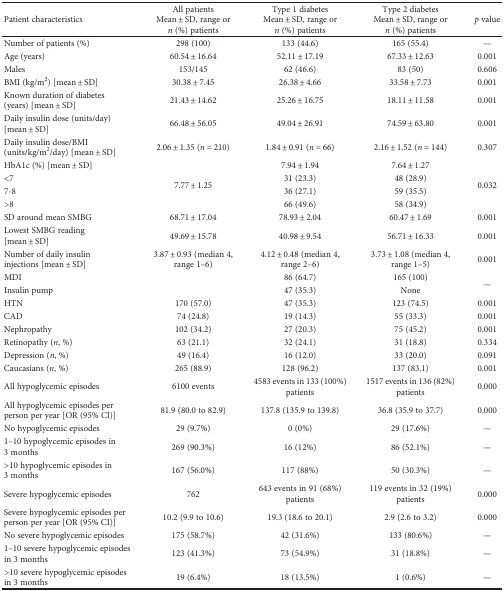
<table><thead><tr><td><b>Patient characteristics</b></td><td><b>All patientsMean ± SD, range or <i>n</i> (%) patients</b></td><td><b>Type 1 diabetesMean ± SD, range or <i>n</i> (%) patients</b></td><td><b>Type 2 diabetesMean ± SD, range or <i>n</i> (%) patients</b></td><td><b><i>p</i> value</b></td></tr></thead><tbody><tr><td>Number of patients (%)</td><td>298 (100)</td><td>133 (44.6)</td><td>165 (55.4)</td><td>—</td></tr><tr><td>Age (years)</td><td>60.54 ± 16.64</td><td>52.11 ± 17.19</td><td>67.33 ± 12.63</td><td>0.001</td></tr><tr><td>Males</td><td>153/145</td><td>62 (46.6)</td><td>83 (50)</td><td>0.606</td></tr><tr><td>BMI (kg/m<sup>2</sup>) [mean ± SD]</td><td>30.38 ± 7.45</td><td>26.38 ± 4.66</td><td>33.58 ± 7.73</td><td>0.001</td></tr><tr><td>Known duration of diabetes (years) [mean ± SD]</td><td>21.43 ± 14.62</td><td>25.26 ± 16.75</td><td>18.11 ± 11.58</td><td>0.001</td></tr><tr><td>Daily insulin dose (units/day) [mean ± SD]</td><td>66.48 ± 56.05</td><td>49.04 ± 26.91</td><td>74.59 ± 63.80</td><td>0.001</td></tr><tr><td>Daily insulin dose/BMI (units/kg/m<sup>2</sup>/day) [mean ± SD]</td><td>2.06 ± 1.35 (<i>n</i> = 210)</td><td>1.84 ± 0.91 (<i>n</i> = 66)</td><td>2.16 ± 1.52 (<i>n</i> = 144)</td><td>0.307</td></tr><tr><td>HbA1c (%) [mean ± SD]</td><td rowspan="4">7.77 ± 1.25</td><td>7.94 ± 1.94</td><td>7.64 ± 1.27</td><td rowspan="4">0.032</td></tr><tr><td>&lt;7</td><td>31 (23.3)</td><td>48 (28.9)</td></tr><tr><td>7-8</td><td>36 (27.1)</td><td>59 (35.5)</td></tr><tr><td>&gt;8</td><td>66 (49.6)</td><td>58 (34.9)</td></tr><tr><td>SD around mean SMBG</td><td>68.71 ± 17.04</td><td>78.93 ± 2.04</td><td>60.47 ± 1.69</td><td>0.001</td></tr><tr><td>Lowest SMBG reading [mean ± SD]</td><td>49.69 ± 15.78</td><td>40.98 ± 9.54</td><td>56.71 ± 16.33</td><td>0.001</td></tr><tr><td>Number of daily insulin injections [mean ± SD]</td><td>3.87 ± 0.93 (median 4, range 1–6)</td><td>4.12 ± 0.48 (median 4, range 2–6)</td><td>3.73 ± 1.08 (median 4, range 1–5)</td><td>0.001</td></tr><tr><td>MDI</td><td rowspan="2"></td><td>86 (64.7)</td><td>165 (100)</td><td rowspan="2">—</td></tr><tr><td>Insulin pump</td><td>47 (35.3)</td><td>None</td></tr><tr><td>HTN</td><td>170 (57.0)</td><td>47 (35.3)</td><td>123 (74.5)</td><td>0.001</td></tr><tr><td>CAD</td><td>74 (24.8)</td><td>19 (14.3)</td><td>55 (33.3)</td><td>0.001</td></tr><tr><td>Nephropathy</td><td>102 (34.2)</td><td>27 (20.3)</td><td>75 (45.2)</td><td>0.001</td></tr><tr><td>Retinopathy (<i>n</i>, %)</td><td>63 (21.1)</td><td>32 (24.1)</td><td>31 (18.8)</td><td>0.334</td></tr><tr><td>Depression (<i>n</i>, %)</td><td>49 (16.4)</td><td>16 (12.0)</td><td>33 (20.0)</td><td>0.091</td></tr><tr><td>Caucasians (<i>n</i>, %)</td><td>265 (88.9)</td><td>128 (96.2)</td><td>137 (83.1)</td><td>0.001</td></tr><tr><td>All hypoglycemic episodes</td><td>6100 events</td><td>4583 events in 133 (100%) patients</td><td>1517 events in 136 (82%) patients</td><td>0.000</td></tr><tr><td>All hypoglycemic episodes per person per year [OR (95% CI)]</td><td>81.9 (80.0 to 82.9)</td><td>137.8 (135.9 to 139.8)</td><td>36.8 (35.9 to 37.7)</td><td>0.000</td></tr><tr><td>No hypoglycemic episodes</td><td>29 (9.7%)</td><td>0 (0%)</td><td>29 (17.6%)</td><td>—</td></tr><tr><td>1–10 hypoglycemic episodes in 3 months</td><td>269 (90.3%)</td><td>16 (12%)</td><td>86 (52.1%)</td><td>—</td></tr><tr><td>&gt;10 hypoglycemic episodes in 3 months</td><td>167 (56.0%)</td><td>117 (88%)</td><td>50 (30.3%)</td><td>—</td></tr><tr><td>Severe hypoglycemic episodes</td><td>762</td><td>643 events in 91 (68%) patients</td><td>119 events in 32 (19%) patients</td><td>0.000</td></tr><tr><td>Severe hypoglycemic episodes per person per year [OR (95% CI)]</td><td>10.2 (9.9 to 10.6)</td><td>19.3 (18.6 to 20.1)</td><td>2.9 (2.6 to 3.2)</td><td>0.000</td></tr><tr><td>No severe hypoglycemic episodes</td><td>175 (58.7%)</td><td>42 (31.6%)</td><td>133 (80.6%)</td><td>—</td></tr><tr><td>1–10 severe hypoglycemic episodes in 3 months</td><td>123 (41.3%)</td><td>73 (54.9%)</td><td>31 (18.8%)</td><td>—</td></tr><tr><td>&gt;10 severe hypoglycemic episodes in 3 months</td><td>19 (6.4%)</td><td>18 (13.5%)</td><td>1 (0.6%)</td><td>—</td></tr></tbody></table>